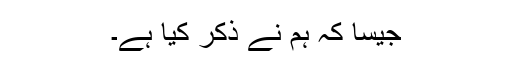
جیسا کہ ہم نے ذکر کیا ہے۔